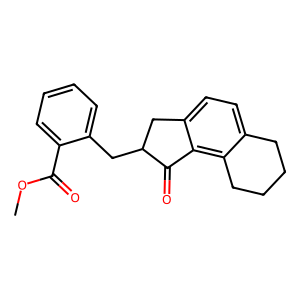
SMILES: COC(=O)c1ccccc1CC1Cc2ccc3c(c2C1=O)CCCC3
Inhibits HIV replication: No